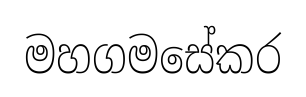
මහගමසේකර